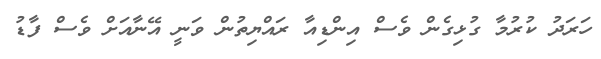
ހަރަދު ކުރުމާ ގުޅިގެން ވެސް އިންޑިއާ ރައްޔިތުން ވަނީ އޭނާއަށް ވެސް ފާޑު